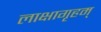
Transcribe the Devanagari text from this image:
लाक्षागृहम्